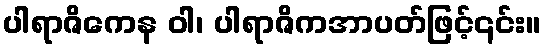
ပါရာဇိကေန ဝါ၊ ပါရာဇိကအာပတ်ဖြင့်၎င်း။